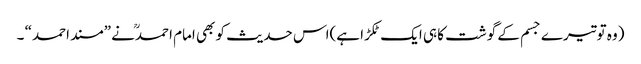
(وہ توتیرے جسم کے گوشت کا ہی ایک ٹکڑا ہے)اس حدیث کو بھی امام احمدنے ”مسند احمد“ ۔